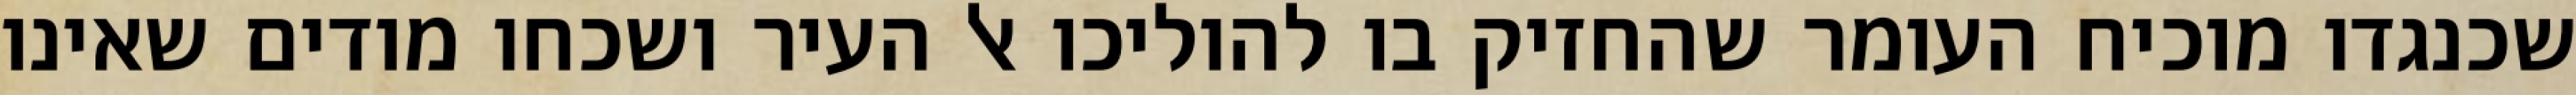
שכנגדו מוכיח העומר שהחזיק בו להוליכו אל העיר ושכחו מודים שאינו